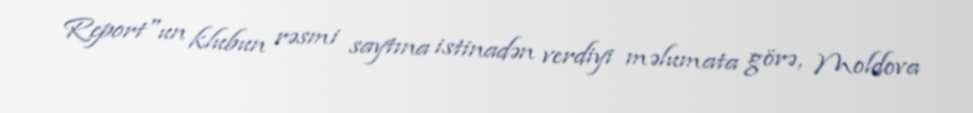
Report"un klubun rəsmi saytına istinadən verdiyi məlumata görə, Moldova